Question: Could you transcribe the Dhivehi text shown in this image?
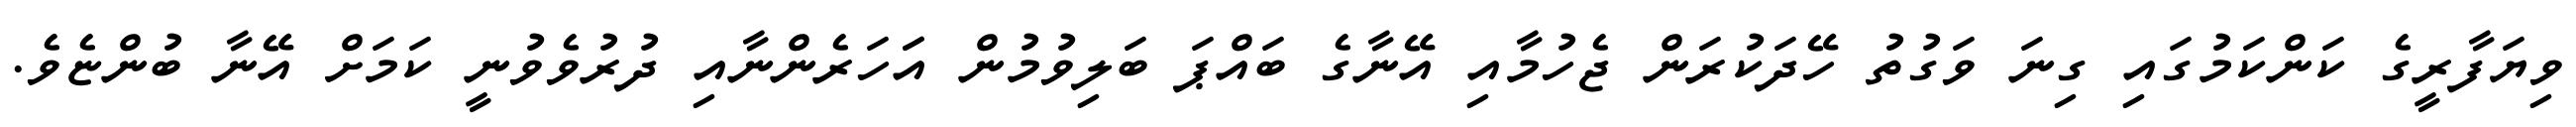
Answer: ވިޔަފާރީގެ ކަންކަމުގައި ގިނަ ވަގުތު ހޭދަކުރަން ޖެހުމާއި އޭނާގެ ބައްޕަ ބަލިވުމުން އަަހަރެންނާއި ދުރުވެވުނީ ކަމަށް އޭނާ ބުންޏެވެ.